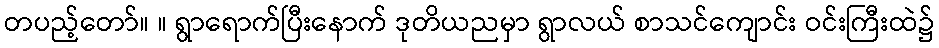
တပည့်တော်။ ။ ရွာရောက်ပြီးနောက် ဒုတိယညမှာ ရွာလယ် စာသင်ကျောင်း ဝင်းကြီးထဲ၌